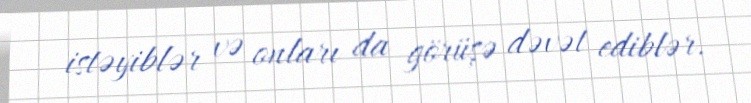
istəyiblər və onları da görüşə dəvət ediblər.